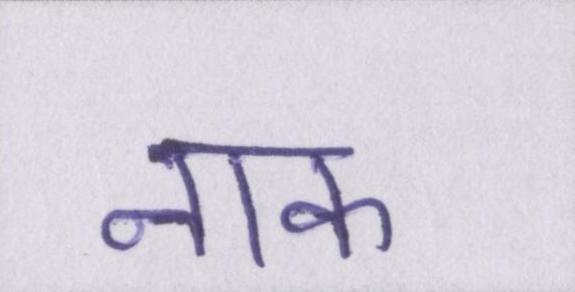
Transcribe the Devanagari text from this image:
नाक